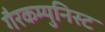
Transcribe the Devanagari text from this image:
गैरकम्युनिस्ट